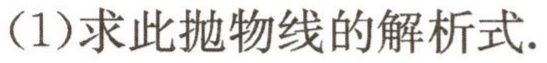
(1)求此抛物线的解析式.